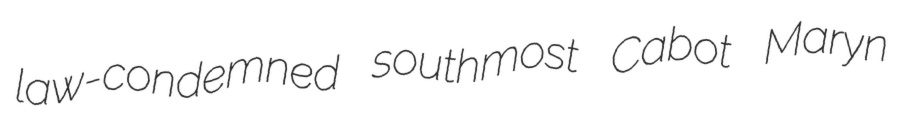
law-condemned southmost Cabot Maryn